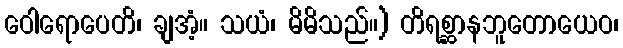
ဝေါရောပေတိ၊ ချအံ့။ သယံ၊ မိမိသည်။) တိရစ္ဆာနဘူတောယေဝ၊